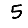
Digit: 5